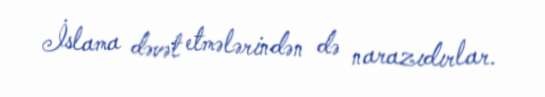
İslama dəvət etmələrindən də narazıdırlar.